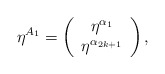
\begin{align*}\eta ^{A_1}=\left( \begin{array}{c}\eta ^{\alpha _1} \\ \eta ^{\alpha _{2k+1}} \end{array}\right) ,\end{align*}